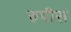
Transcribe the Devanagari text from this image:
रुपीस